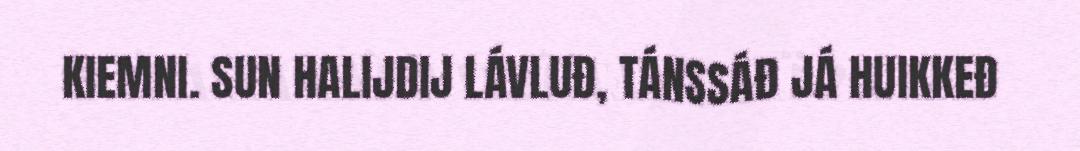
KIEMNI. SUN HALIJDIJ LÁVLUĐ, TÁNSSÁĐ JÁ HUIKKEĐ